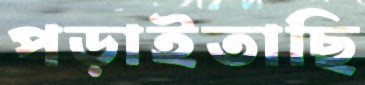
পড়াইতাছি